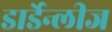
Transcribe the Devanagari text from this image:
डार्डेन्लीज